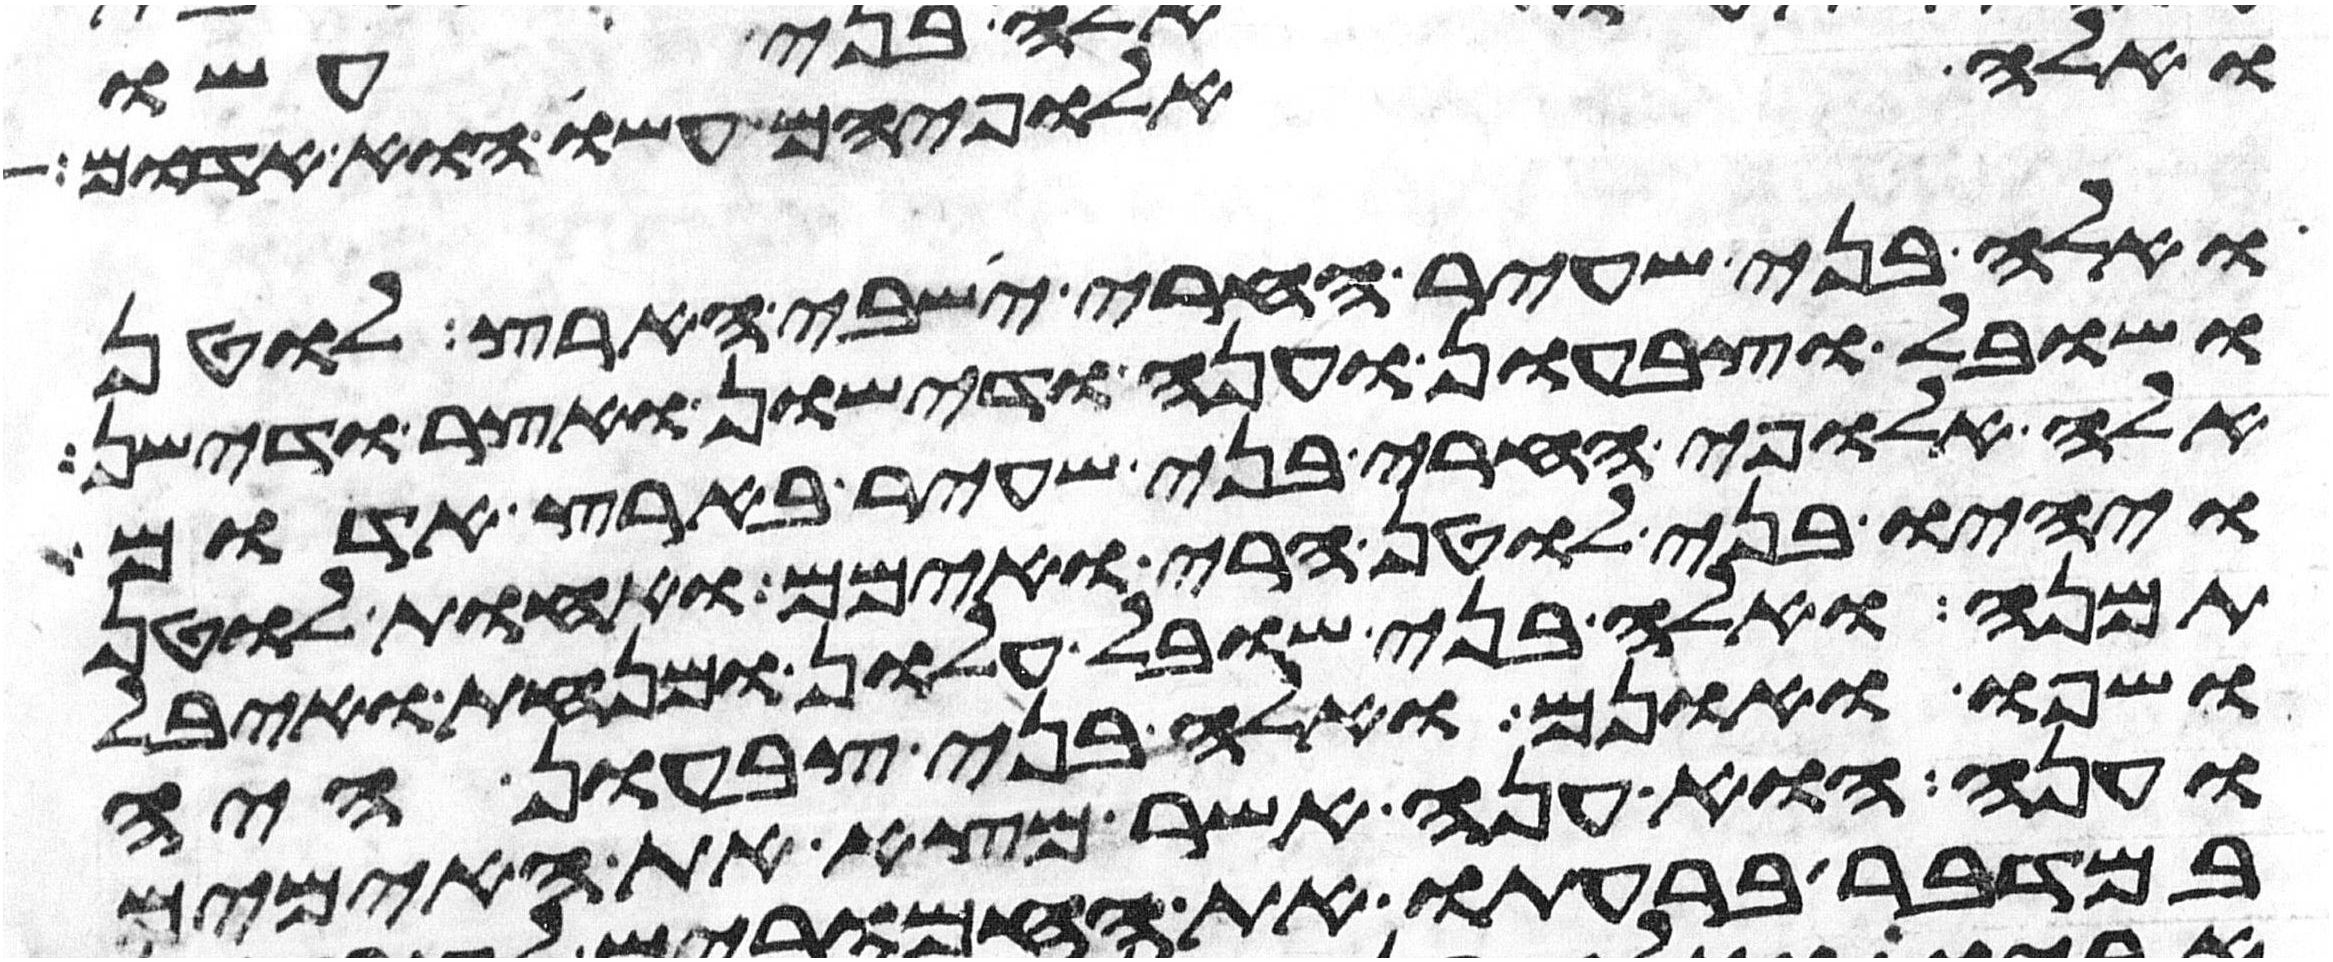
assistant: ואלה אלופיהם עשו הוא אדום
ואלה בני שעיר החרי ישבי הארץ לוטן
ושובל וצבעון וענה ודישון ואצר ודישן
אלה אלופי החרי בני שעיר בארץ אדום
ויהיו בני לוטן חרי ואימם ואחות לוטן
תמנע ואלה בני שובל עלון ומנחת ועיבל
שפו ואונם ואלה בני צבעון איה
וענה הוא ענה אשר מצא את האימים